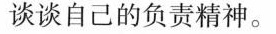
谈谈自己的负责精神。